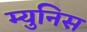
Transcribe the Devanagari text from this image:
म्युनिस